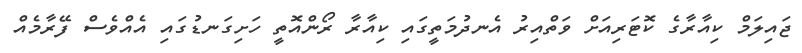
ޖައިލަމް ކިއާރާގެ ކޮޓަރިއަށް ވަތްއިރު އެނދުމަތީގައި ކިއާރާ ރޯންއޮތީ ހަށިގަނޑުގައި އެއްވެސް ފޭރާމެއް